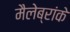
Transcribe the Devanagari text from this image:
मैलेब्रांके